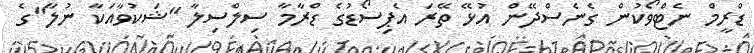
ޑްރީމް ނެޓްވޯކުން ގެނެސްދޭން އުޅޭ ތޭރަ އެޕިސޯޑުގެ ޑްރާމާ ސިލްސިލާ "ޝަކުވާއަކާ ނުލާ"ގެ